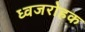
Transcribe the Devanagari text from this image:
ध्वजरोहक